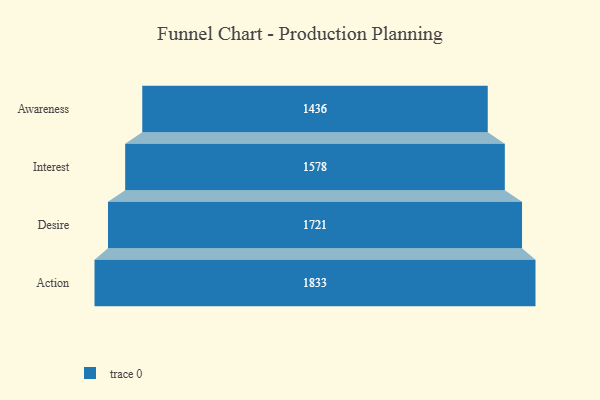
{"axis": {"x": "Stage", "y": "Value"}, "legend": [""], "data": [{"x": "Awareness", "y": 1436.0, "type": ""}, {"x": "Interest", "y": 1578.0, "type": ""}, {"x": "Desire", "y": 1721.0, "type": ""}, {"x": "Action", "y": 1833.0, "type": ""}]}